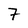
Character: 7